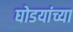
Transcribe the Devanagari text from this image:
घोडयांच्या